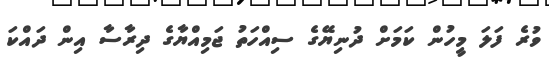
ވުރެ ފަލަ މީހުން ކަމަށް ދުނިޔޭގެ ސިއްހަތު ޖަމިއްޔާގެ ދިރާސާ އިން ދައްކަ